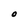
Character: O